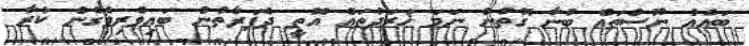
ބައެއް ނޫސްތައް ބުނާ ގޮތުން ނަމަ ޚަރަދުތައް އޮތީ ދެފަރާތުން ބައިވެރިވެގެން ކުރާ